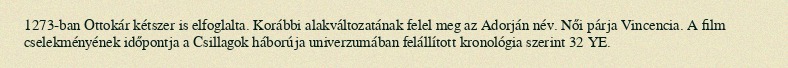
1273-ban Ottokár kétszer is elfoglalta. Korábbi alakváltozatának felel meg az Adorján név. Női párja Vincencia. A film cselekményének időpontja a Csillagok háborúja univerzumában felállított kronológia szerint 32 YE.